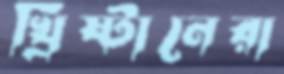
খ্রিষ্টানেরা